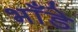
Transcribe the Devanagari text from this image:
भाँडे